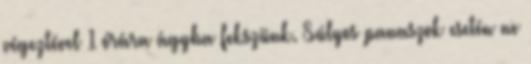
végeztével 1 órára ágyba fekszünk. Súlyos panaszok esetén ne